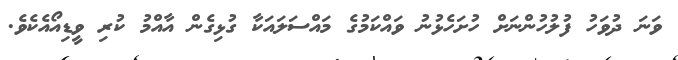
ވަނަ ދުވަހު ފުލުހުންނަށް ހުށަހެޅުނު ވައްކަމުގެ މައްސަލައަކާ ގުޅިގެން އާއްމު ކުރި ވީޑިއޯއެކެވެ.